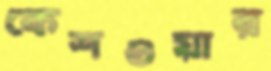
কেশওয়ার